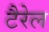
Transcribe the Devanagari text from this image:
टैरेल